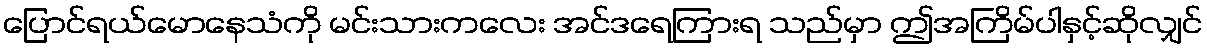
ပြောင်ရယ်မောနေသံကို မင်းသားကလေး အင်ဒရေကြားရ သည်မှာ ဤအကြိမ်ပါနှင့်ဆိုလျှင်